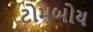
ટોમબોય